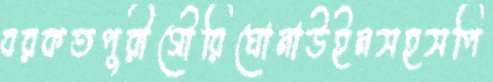
বরকতপুরীগৌরিঘোনাউইনসহসপি